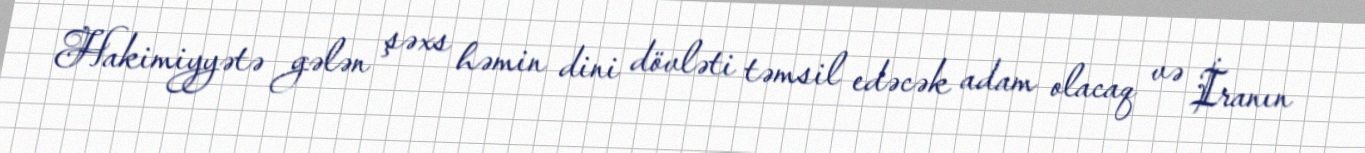
Hakimiyyətə gələn şəxs həmin dini dövləti təmsil edəcək adam olacaq və İranın